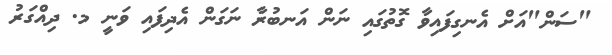
"ސަން"އަށް އެނގިފައިވާ ގޮތުގައި ނަން އަނބުރާ ނަގަން އެދިފައި ވަނީ މ. ދިއްގަރު